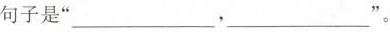
句子是”________，______”。